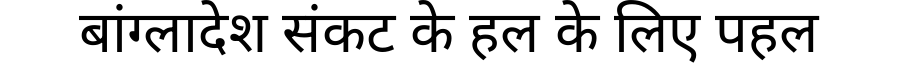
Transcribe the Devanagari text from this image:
बांग्लादेश संकट के हल के लिए पहल